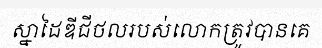
ស្នាដៃឌីជីថលរបស់លោកត្រូវបានគេ